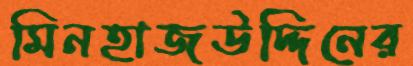
মিনহাজউদ্দিনের